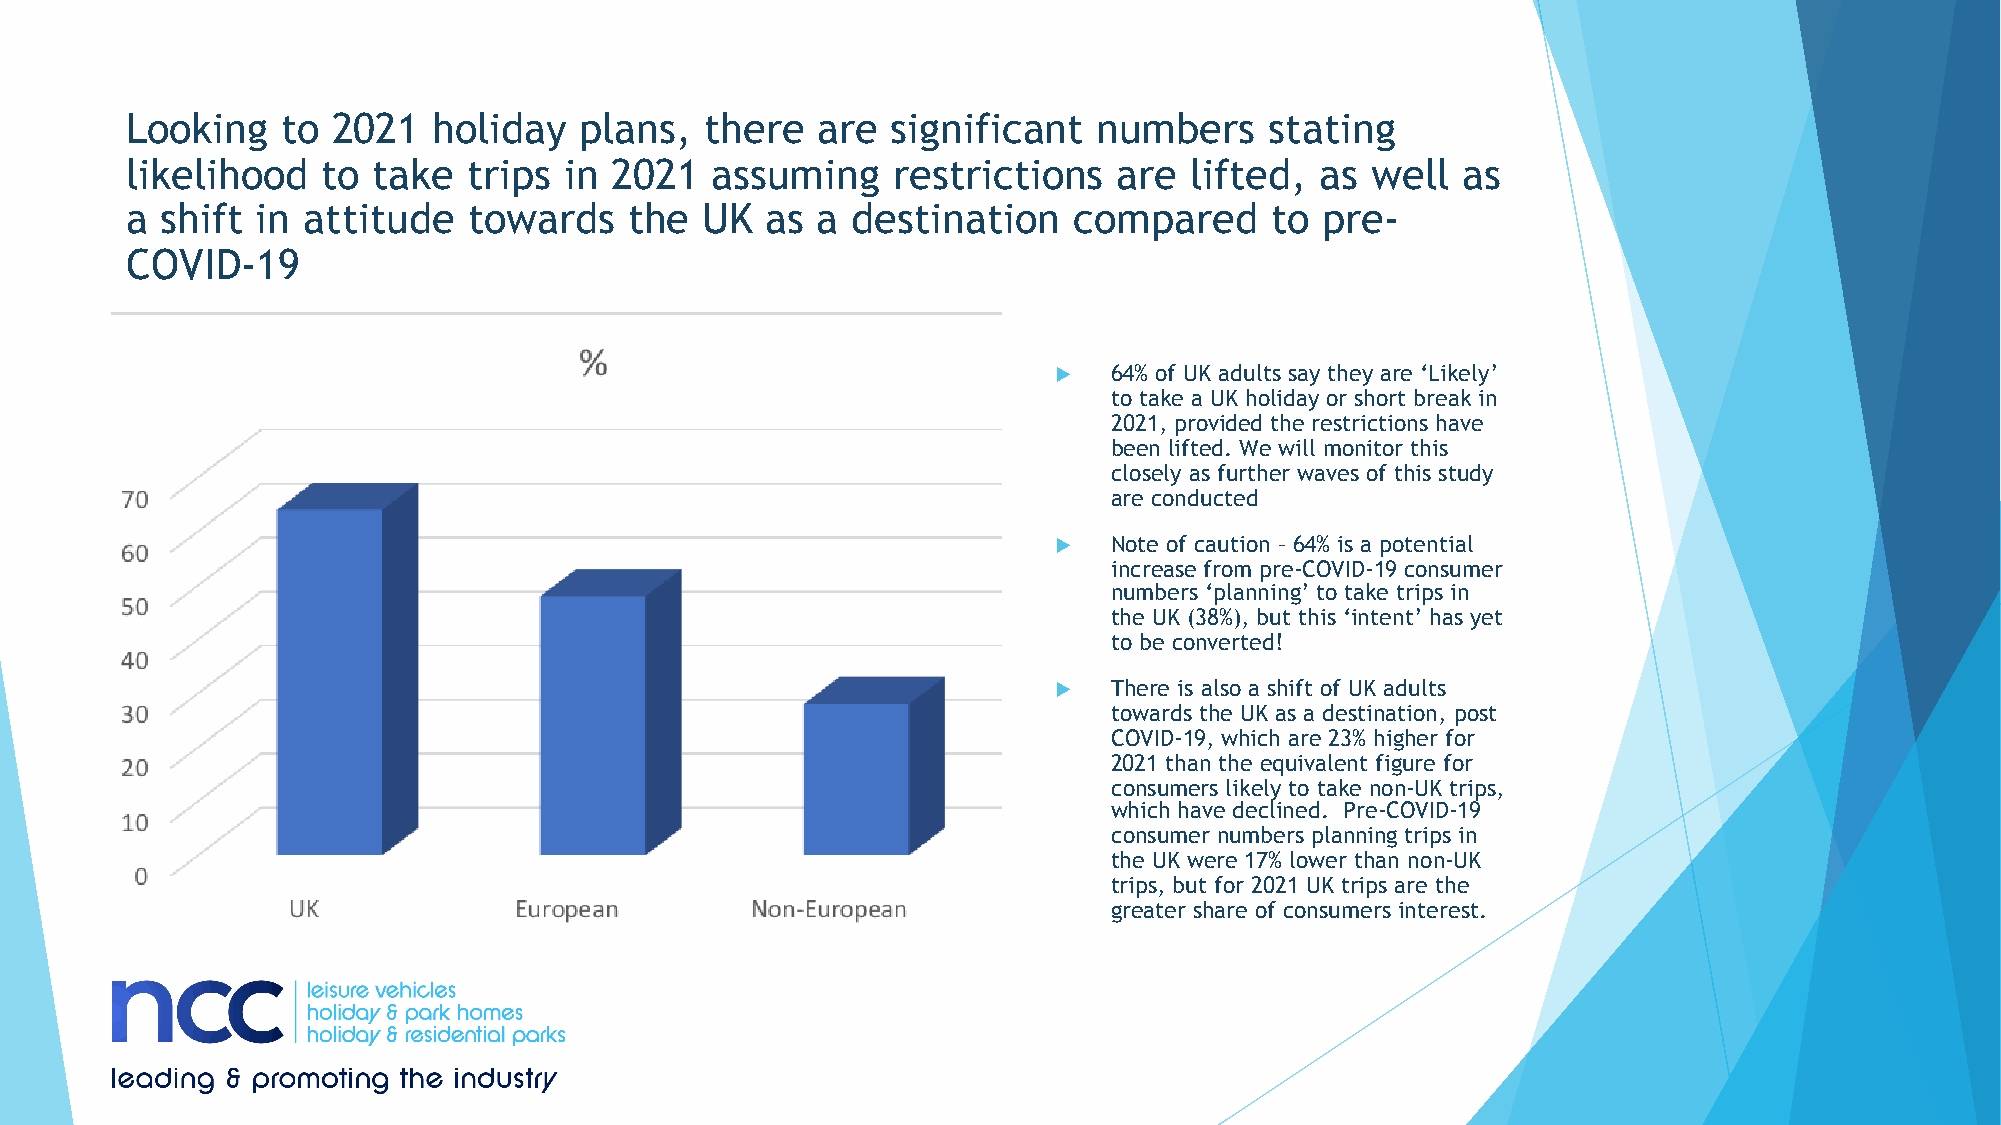
Looking    to 2021   holiday  plans,   there  are  significant   numbers    stating
 likelihood   to  take  trips in 2021   assuming    restrictions   are  lifted, as  well  as
 a  shift in attitude   towards    the UK   as a destination    compared     to pre-
 COVID-19
 u   64% of UK adults say they are ‘Likely’
 to take a UK holiday or short break in
 2021, provided the restrictions have
 been lifted. We will monitor this
 closely as further waves of this study
 are conducted
 u   Note of caution – 64% is a potential
 increase from pre-COVID-19 consumer
 numbers ‘planning’ to take trips in
 the UK (38%), but this ‘intent’ has yet
 to be converted!
 u   There is also a shift of UK adults
 towards the UK as a destination, post
 COVID-19, which are 23% higher for
 2021 than the equivalent figure for
 consumers likely to take non-UK trips,
 which have declined. Pre-COVID-19
 consumer numbers planning trips in
 the UK were 17% lower than non-UK
 trips, but for 2021 UK trips are the
 greater share of consumers interest.